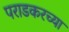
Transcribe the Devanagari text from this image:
पराडकरच्या